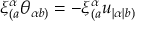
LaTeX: \xi _ { ( a } ^ { \alpha } \theta _ { \alpha b ) } = - \xi _ { ( a } ^ { \alpha } u _ { | \alpha | b ) }